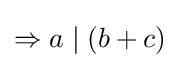
\Rightarrow a\mid (b+c)